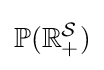
\mathbb {P} (\mathbb {R} _{+}^{\mathcal {S}})